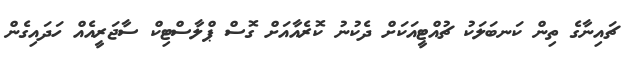
ޗައިނާގެ ތިން ކަނބަލަކު ޗުއްޓީއަކަށް ދެކުނު ކޮރެއާއަށް ގޮސް ޕްލާސްޓިކް ސާޖަރީއެއް ހަދައިގެން